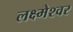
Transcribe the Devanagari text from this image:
लक्ष्मेश्‍वर